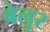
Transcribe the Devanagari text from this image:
बेलुर